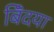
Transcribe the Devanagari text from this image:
बिँदया